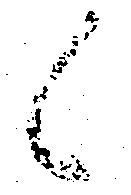
候